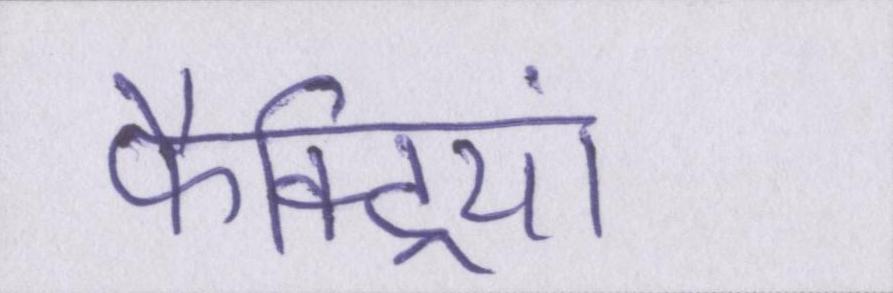
फैक्ट्रियां